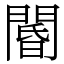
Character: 閽